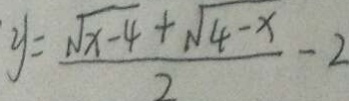
y = \frac { \sqrt { x - 4 } + \sqrt { 4 - x } } { 2 } - 2